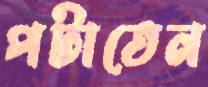
পটাতেন